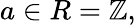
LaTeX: a\in R=\mathbb{Z},